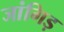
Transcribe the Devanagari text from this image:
जांगिड़